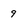
Character: 9